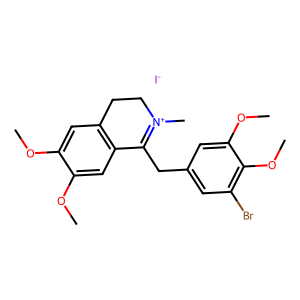
SMILES: COc1cc2c(cc1OC)C(Cc1cc(Br)c(OC)c(OC)c1)=[N+](C)CC2.[I-]
Inhibits HIV replication: No